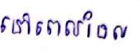
នៅពេលដែល